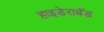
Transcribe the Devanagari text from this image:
हाइडेराबॅड